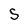
Character: S